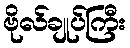
ဗိုလ်ချုပ်ကြီး